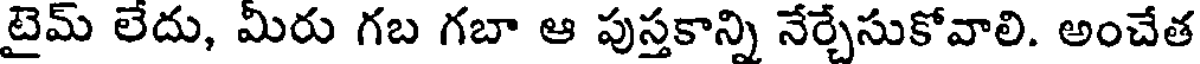
టైమ్ లేదు, మీరు గబ గబా ఆ పుస్తకాన్ని నేర్చేసుకోవాలి. అంచేత